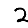
Digit: 2